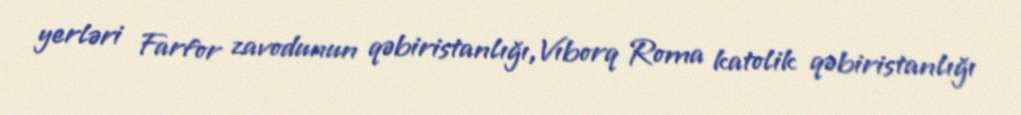
yerləri Farfor zavodunun qəbiristanlığı,Vıborq Roma katolik qəbiristanlığı